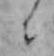
ニ